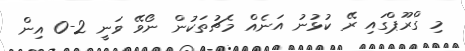
މި ގްރޫޕްގައި ރޭ ކުޅުނު އަނެއް މެޗުތަކުން ނޯވޭ ވަނީ 2-0 އިން